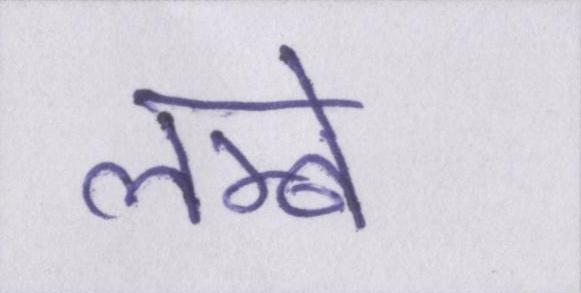
लम्बे